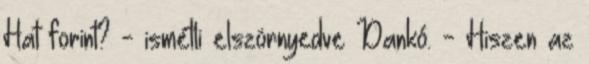
Hat forint? - ismétli elszörnyedve Dankó. - Hiszen az